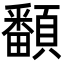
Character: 𩕏